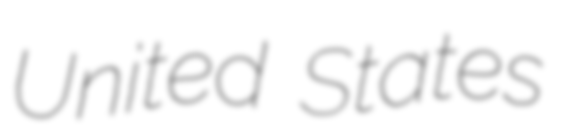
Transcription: United States